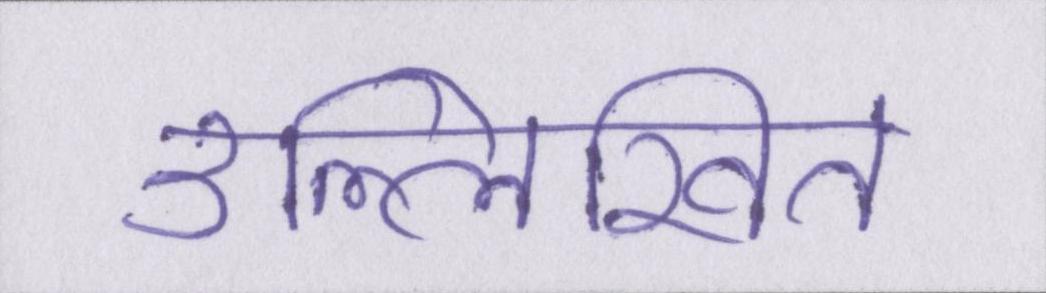
उल्लिखित